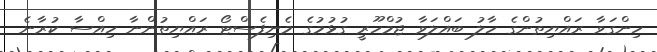
ހިންގަވާ ރައްޔިތުންގެ ހާލު ބައްލަވާ ޖުމްހޫރީ ގުޅުމުގެ މެނިފެސްޓޯ ރައްޔިތުންނާ ހިއްސާ ކުރާނެ